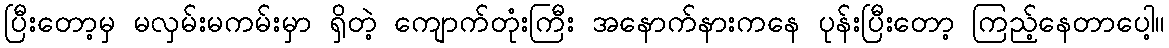
ပြီးတော့မှ မလှမ်းမကမ်းမှာ ရှိတဲ့ ကျောက်တုံးကြီး အနောက်နားကနေ ပုန်းပြီးတော့ ကြည့်နေတာပေါ့။